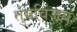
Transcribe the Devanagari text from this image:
तुंगविजय